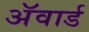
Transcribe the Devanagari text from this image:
अॅवार्ड